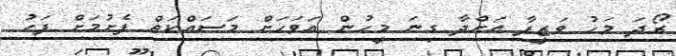
ރޯދަ މަހު ވަޒީފާ އަށްދާ ގިނަ މީހުން އަވަހަށް މަސައްކަތް ފެށުމަށް ފަހު